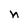
Character: n